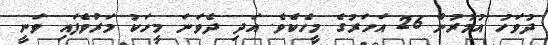
ދުވަހު އުމުރުން 26 އަހަރުގެ މީހެކެވެ. އަދި ދެވަނަ މީހަކު މަރުވެފައި ވަނީ